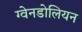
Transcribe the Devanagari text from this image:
ग्वेनडोलियन